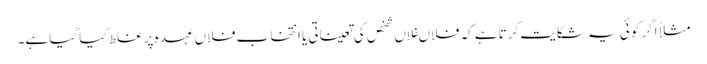
مثلاً اگر کوئی یہ شکایت کرتا ہے کہ فلاںفلاں شخص کی تعیناتی یا انتخاب فلاں عہدہ پر غلط کیا گیا ہے۔